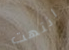
انتهت